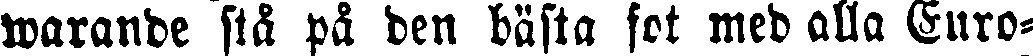
warande stå på den bästa fot med alla Euro-